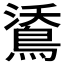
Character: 𪁕